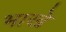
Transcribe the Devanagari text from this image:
भाखे